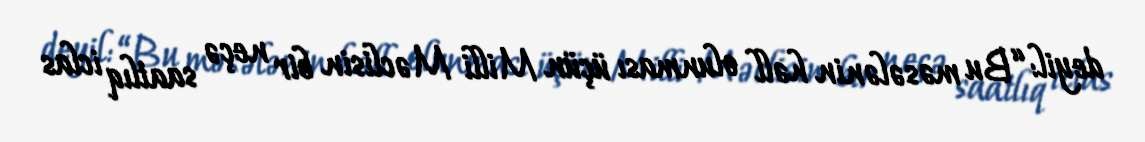
deyil: “Bu məsələnin həll olunması üçün Milli Məclisin bir neçə saatlıq iclas